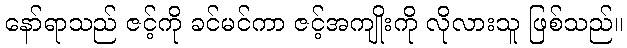
နော်ရာသည် ဇင့်ကို ခင်မင်ကာ ဇင့်အကျိုးကို လိုလားသူ ဖြစ်သည်။